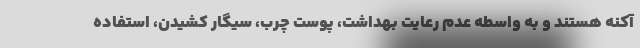
آکنه هستند و به واسطه عدم رعایت بهداشت، پوست چرب، سیگار کشیدن، استفاده